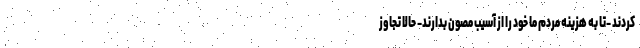
کردند -تا به هزینه مردم ما خود را از آسیب مصون بدارند- حالا تجاوز